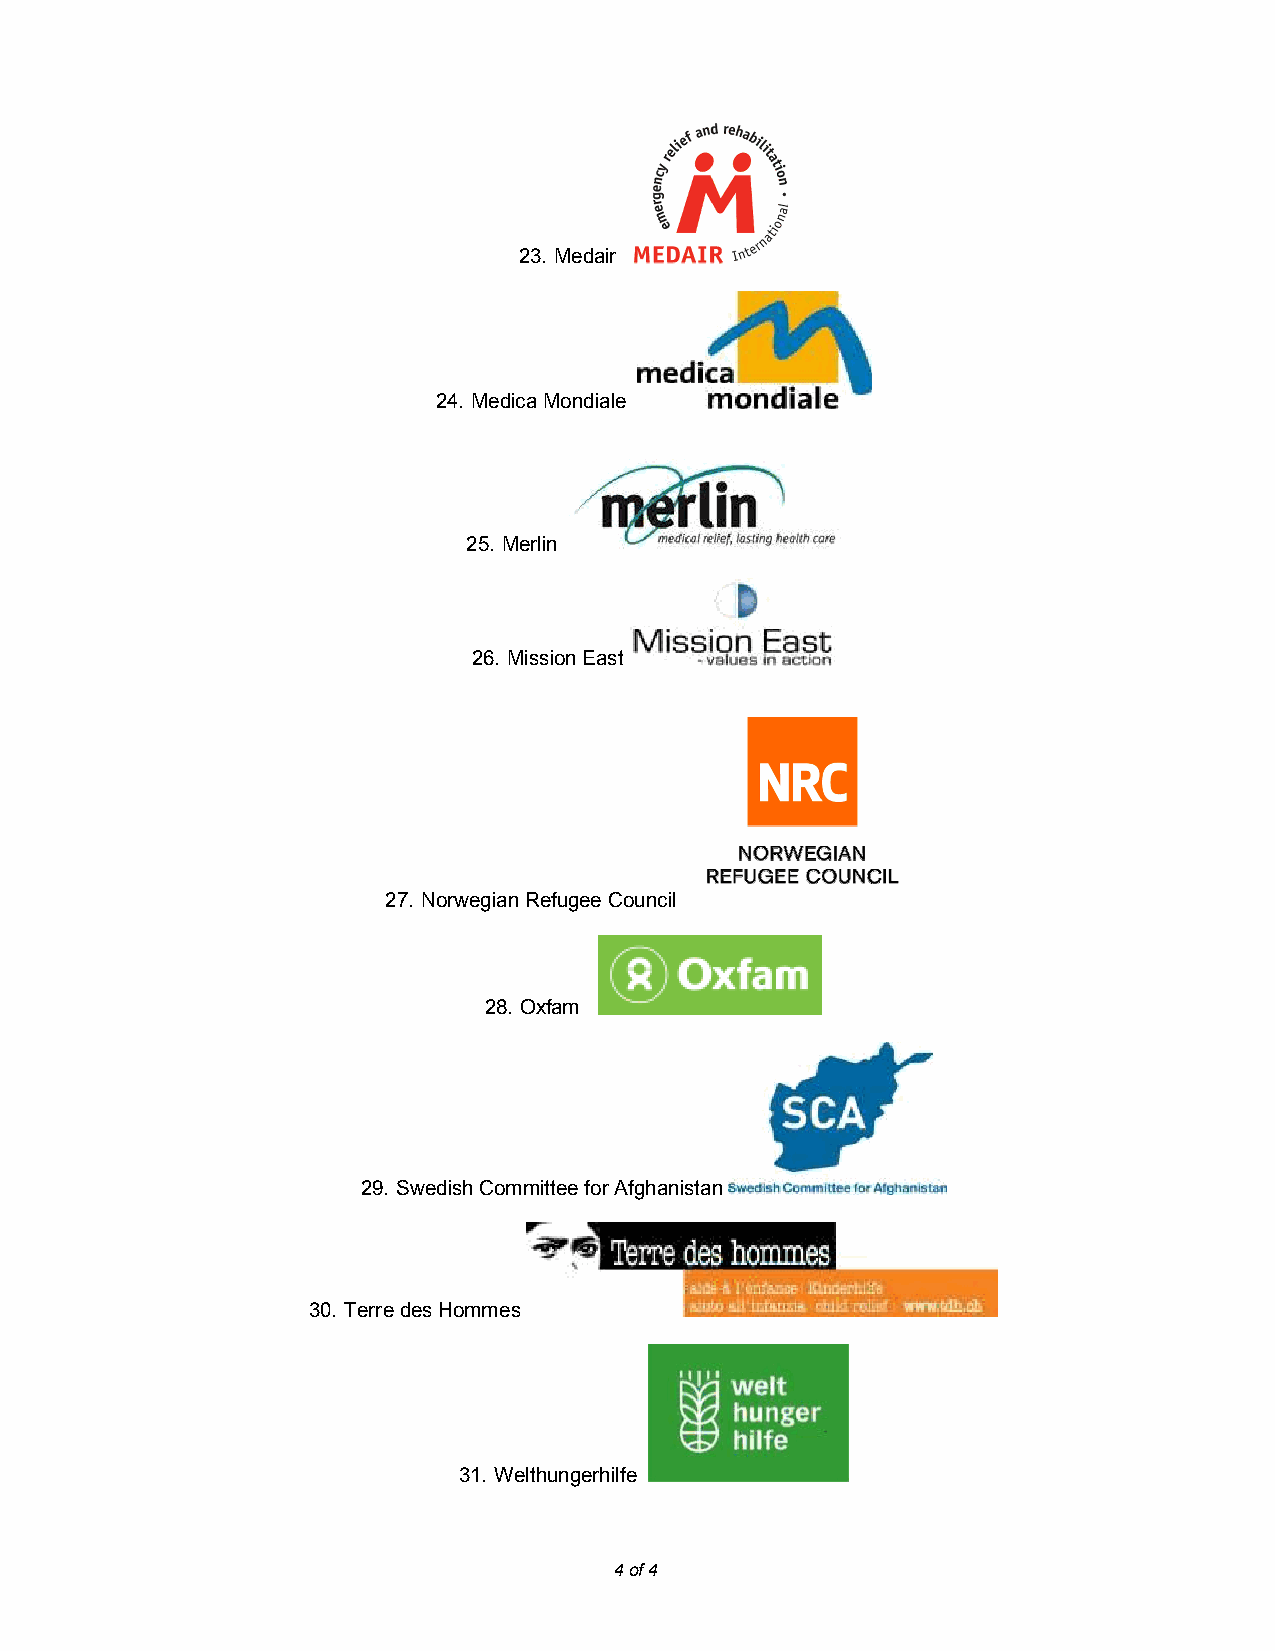
23. Medair
 24. Medica Mondiale
 25. Merlin
 26. Mission East
 27. Norwegian Refugee Council
 28. Oxfam
 29. Swedish Committee for Afghanistan
 30. Terre des Hommes
 31. Welthungerhilfe
 4 of 4